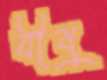
যীষু